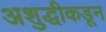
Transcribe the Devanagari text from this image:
अशुद्धीकडून